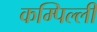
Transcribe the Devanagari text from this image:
कम्पिल्ली